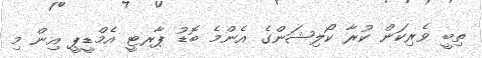
ތިބީ ވެރިކަން ކުރާ ކޯލިޝަންގެ އެންމެ ބޮޑު ޕާރޓީ އެމްޑީޕީ އިން މި